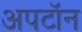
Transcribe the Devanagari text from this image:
अपटॉन